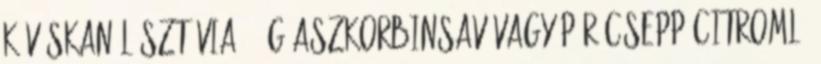
kávéskanál sztívia; 1 g aszkorbinsav vagy pár csepp citromlé